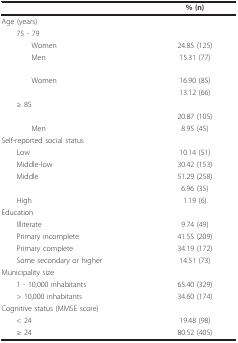
<table><thead><tr><td>[EMPTY_CELL]</td><td><b>% (n)</b></td></tr></thead><tbody><tr><td>Age (years)</td><td>[EMPTY_CELL]</td></tr><tr><td> 75 - 79</td><td>[EMPTY_CELL]</td></tr><tr><td>Women</td><td>24.85 (125)</td></tr><tr><td>Men</td><td>15.31 (77)</td></tr><tr><td>[EMPTY_CELL]</td><td>[EMPTY_CELL]</td></tr><tr><td>Women</td><td>16.90 (85)</td></tr><tr><td>[EMPTY_CELL]</td><td>13.12 (66)</td></tr><tr><td> ≥ 85</td><td>[EMPTY_CELL]</td></tr><tr><td>[EMPTY_CELL]</td><td>20.87 (105)</td></tr><tr><td>Men</td><td>8.95 (45)</td></tr><tr><td>Self-reported social status</td><td>[EMPTY_CELL]</td></tr><tr><td> Low</td><td>10.14 (51)</td></tr><tr><td> Middle-low</td><td>30.42 (153)</td></tr><tr><td> Middle</td><td>51.29 (258)</td></tr><tr><td>[EMPTY_CELL]</td><td>6.96 (35)</td></tr><tr><td> High</td><td>1.19 (6)</td></tr><tr><td>Education</td><td>[EMPTY_CELL]</td></tr><tr><td> Illiterate</td><td>9.74 (49)</td></tr><tr><td> Primary incomplete</td><td>41.55 (209)</td></tr><tr><td> Primary complete</td><td>34.19 (172)</td></tr><tr><td> Some secondary or higher</td><td>14.51 (73)</td></tr><tr><td>Municipality size</td><td>[EMPTY_CELL]</td></tr><tr><td> 1 - 10,000 inhabitants</td><td>65.40 (329)</td></tr><tr><td> &gt; 10,000 inhabitants</td><td>34.60 (174)</td></tr><tr><td>Cognitive status (MMSE score)</td><td>[EMPTY_CELL]</td></tr><tr><td> &lt; 24</td><td>19.48 (98)</td></tr><tr><td> ≥ 24</td><td>80.52 (405)</td></tr></tbody></table>